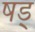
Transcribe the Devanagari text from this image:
षड्‍